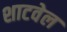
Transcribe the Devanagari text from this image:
शाटवेल